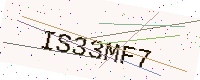
Text: IS33MF7